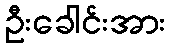
ဦးခေါင်းအား